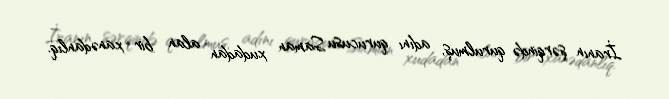
İranın şərqində qurulmuş, adını qurucusu Saman xudadan alan bir xanədanlıq.